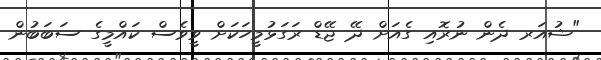
"ޝުއަރ ދެން ނުރޮއި ގެއަށް ދޭ ޖޭޑް ރަގަޅުމީހަކަށް ވީވެސް ކައްމީގެ ސަބަބުން